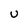
Character: U